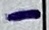
Text: -